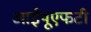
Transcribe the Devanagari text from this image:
आईयूएफटी